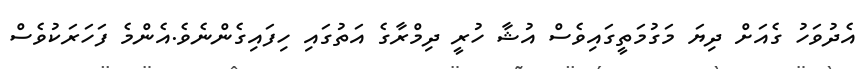
އެދުވަހު ގެއަށް ދިޔަ މަގުމަތީގައިވެސް އުޝާ ހުރީ ދިމްރާގެ އަތުގައި ހިފައިގެންނެވެ.އެންމެ ފަހަރަކުވެސް